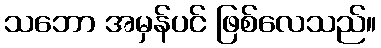
သဘော အမှန်ပင် ဖြစ်လေသည်။